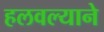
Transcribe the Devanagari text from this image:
हलवल्याने